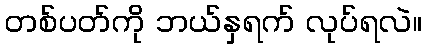
တစ်ပတ်ကို ဘယ်နှရက် လုပ်ရလဲ။